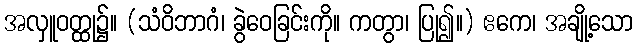
အလှူဝတ္ထု၌။ (သံဝိဘာဂံ၊ ခွဲဝေခြင်းကို။ ကတွာ၊ ပြု၍။) ဧကေ၊ အချို့သော